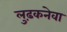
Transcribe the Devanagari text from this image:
लुढ़कनेवा